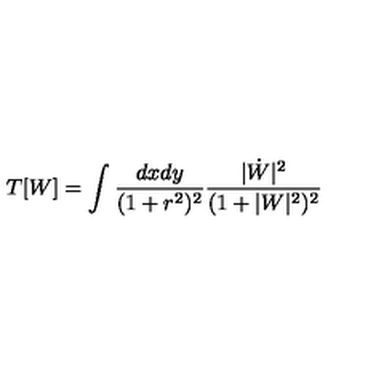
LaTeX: T [ W ] = \int \frac { d x d y } { ( 1 + r ^ { 2 } ) ^ { 2 } } \frac { | \dot { W } | ^ { 2 } } { ( 1 + | W | ^ { 2 } ) ^ { 2 } }